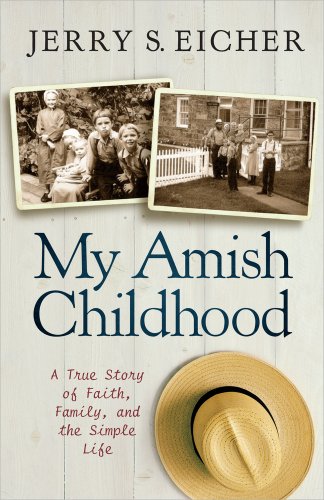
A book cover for My Amish Childhood: A True Story of Faith, Family, and the Simple Life; Jerry S. Eicher; Christian Books & Bibles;